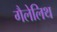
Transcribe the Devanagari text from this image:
गैलेलिथ